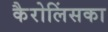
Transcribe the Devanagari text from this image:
कैरोलिंसका